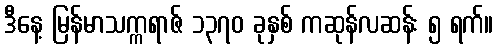
ဒီနေ့ မြန်မာသက္ကရာဇ် ၁၃၇၀ ခုနှစ် ကဆုန်လဆန်း ၅ ရက်။